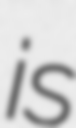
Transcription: is